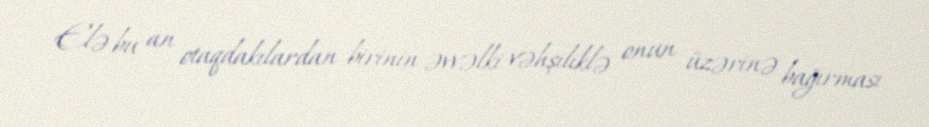
Elə bu an otaqdakılardan birinin əvvəlki vəhşiliklə onun üzərinə bağırması